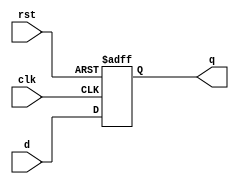
`timescale 1ns / 1ps
//////////////////////////////////////////////////////////////////////////////////
// Company: 
// Engineer: 
// 
// Design Name: 
// Module Name:    dflop 
// Project Name: 
// Target Devices: 
// Tool versions: 
// Description: 
//
// Dependencies: 
//
// Revision: 
// Revision 0.01 - File Created
// Additional Comments: 
//
//////////////////////////////////////////////////////////////////////////////////
module dflop(input clk, rst, d,
				 output reg q);
	
	always @ (posedge clk, posedge rst)	
		if (rst) 
			q <= 1'b0;
		else
			q <= d;

endmodule